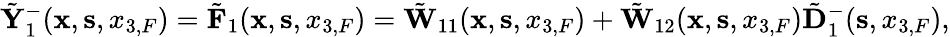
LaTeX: \begin{array}{r}{\tilde{\mathbf Y}_{1}^{-}({{\mathbf x}},{{\mathbf s}},{x_{3,F}})=\tilde{\mathbf F}_{1}({{\mathbf x}},{{\mathbf s}},{x_{3,F}})=\tilde{\mathbf W}_{11}({{\mathbf x}},{{\mathbf s}},{x_{3,F}})+\tilde{\mathbf W}_{12}({{\mathbf x}},{{\mathbf s}},{x_{3,F}})\tilde{\mathbf D}_{1}^{-}({\mathbf s},x_{3,F}),}\end{array}